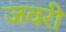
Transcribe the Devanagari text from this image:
जवरी